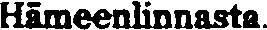
Hämeenlinnasta.